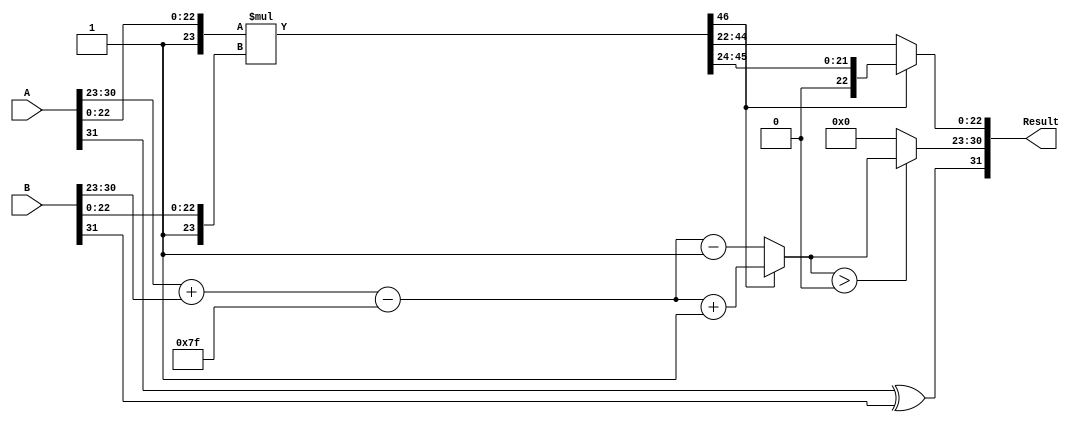
module fp_multiplier (
    input [31:0] A,  // First floating-point input
    input [31:0] B,  // Second floating-point input
    output reg [31:0] Result // Resulting floating-point output
);

    // Constants for IEEE 754 single precision
    localparam BIAS = 8'd127;
    localparam EXP_WIDTH = 8;
    localparam MANT_WIDTH = 23;

    // Intermediate values
    wire signA = A[31];
    wire signB = B[31];
    wire [EXP_WIDTH - 1:0] expA = A[30:23];
    wire [EXP_WIDTH - 1:0] expB = B[30:23];
    wire [MANT_WIDTH:0] mantA = {1'b1, A[22:0]}; // Implicit leading 1 for normalized
    wire [MANT_WIDTH:0] mantB = {1'b1, B[22:0]};
    
    wire [MANT_WIDTH + MANT_WIDTH:0] mant_product; // 47 bits for product
    wire [EXP_WIDTH - 1:0] exp_sum;
    wire [EXP_WIDTH - 1:0] exp_result;
    wire result_sign;
    
    // Calculate sign
    assign result_sign = signA ^ signB;

    // Calculate exponent
    assign exp_sum = expA + expB - BIAS;
    assign exp_result = exp_sum;

    // Calculate mantissa product
    assign mant_product = mantA * mantB;

    // Normalize mantissa
    reg [MANT_WIDTH - 1:0] mant_result;
    reg [EXP_WIDTH - 1:0] exp_adjusted;
    always @(*) begin
        if (mant_product[MANT_WIDTH + MANT_WIDTH] == 1'b1) begin
            // If product is greater than 1, shift right
            mant_result = mant_product[MANT_WIDTH + MANT_WIDTH - 1:MANT_WIDTH + 1]; // Shift right
            exp_adjusted = exp_result + 1; // Increment exponent
        end else begin
            // If product is less than 1, align to right
            mant_result = mant_product[MANT_WIDTH + MANT_WIDTH - 2:MANT_WIDTH - 1]; // Shift left
            exp_adjusted = exp_result - 1; // Decrement exponent
        end
    end

    // Assemble the output
    always @(*) begin
        Result[31] = result_sign; // Sign bit
        Result[30:23] = (exp_adjusted > 0) ? exp_adjusted : 8'b0; // Exponent (clamp to 0)
        Result[22:0] = mant_result[MANT_WIDTH - 1:0]; // Mantissa
    end

endmodule